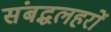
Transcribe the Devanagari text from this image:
संबद्धलहरों